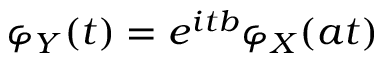
\varphi _ { Y } ( t ) = e ^ { i t b } \varphi _ { X } ( a t )